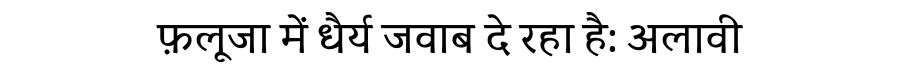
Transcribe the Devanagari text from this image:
फ़लूजा में धैर्य जवाब दे रहा है: अलावी